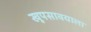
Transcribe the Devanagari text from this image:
खूपसावयाला